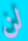
لن